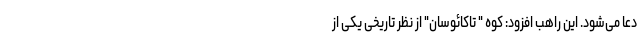
دعا می‌شود. این راهب افزود: کوه " تاکائوسان" از نظر تاریخی یکی از